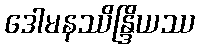
ဒေါမနဿိန္ဒြိယဿ